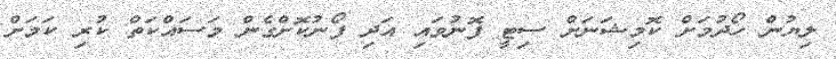
ލިޔުން ހޯދުމަށް ކޮމިޝަނަށް ސިޓީ ފޮނުވައި އަދި ފޯނުކޮށްގެން މަސައްކަތް ކުރި ކަމަށް